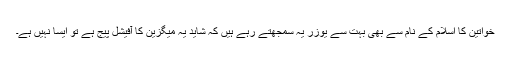
خواتین کا اسلام کے نام سے بھی بہت سے یوزر یہ سمجھتے رہے ہیں کہ شاید یہ میگزین کا آفیشل پیج ہے تو ایسا نہیں ہے۔